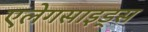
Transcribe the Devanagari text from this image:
एलेगसाइड्स